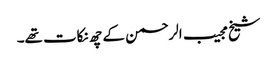
شیخ مجیب الرحمن کے چھ نکات تھے۔